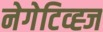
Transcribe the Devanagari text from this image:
नेगेटिव्ह्ज